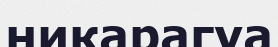
никарагуа